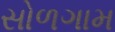
સોળગામ